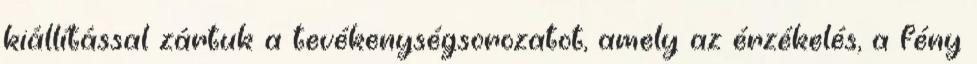
kiállítással zártuk a tevékenységsorozatot, amely az érzékelés, a fény